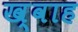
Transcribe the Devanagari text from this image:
ख्वाह